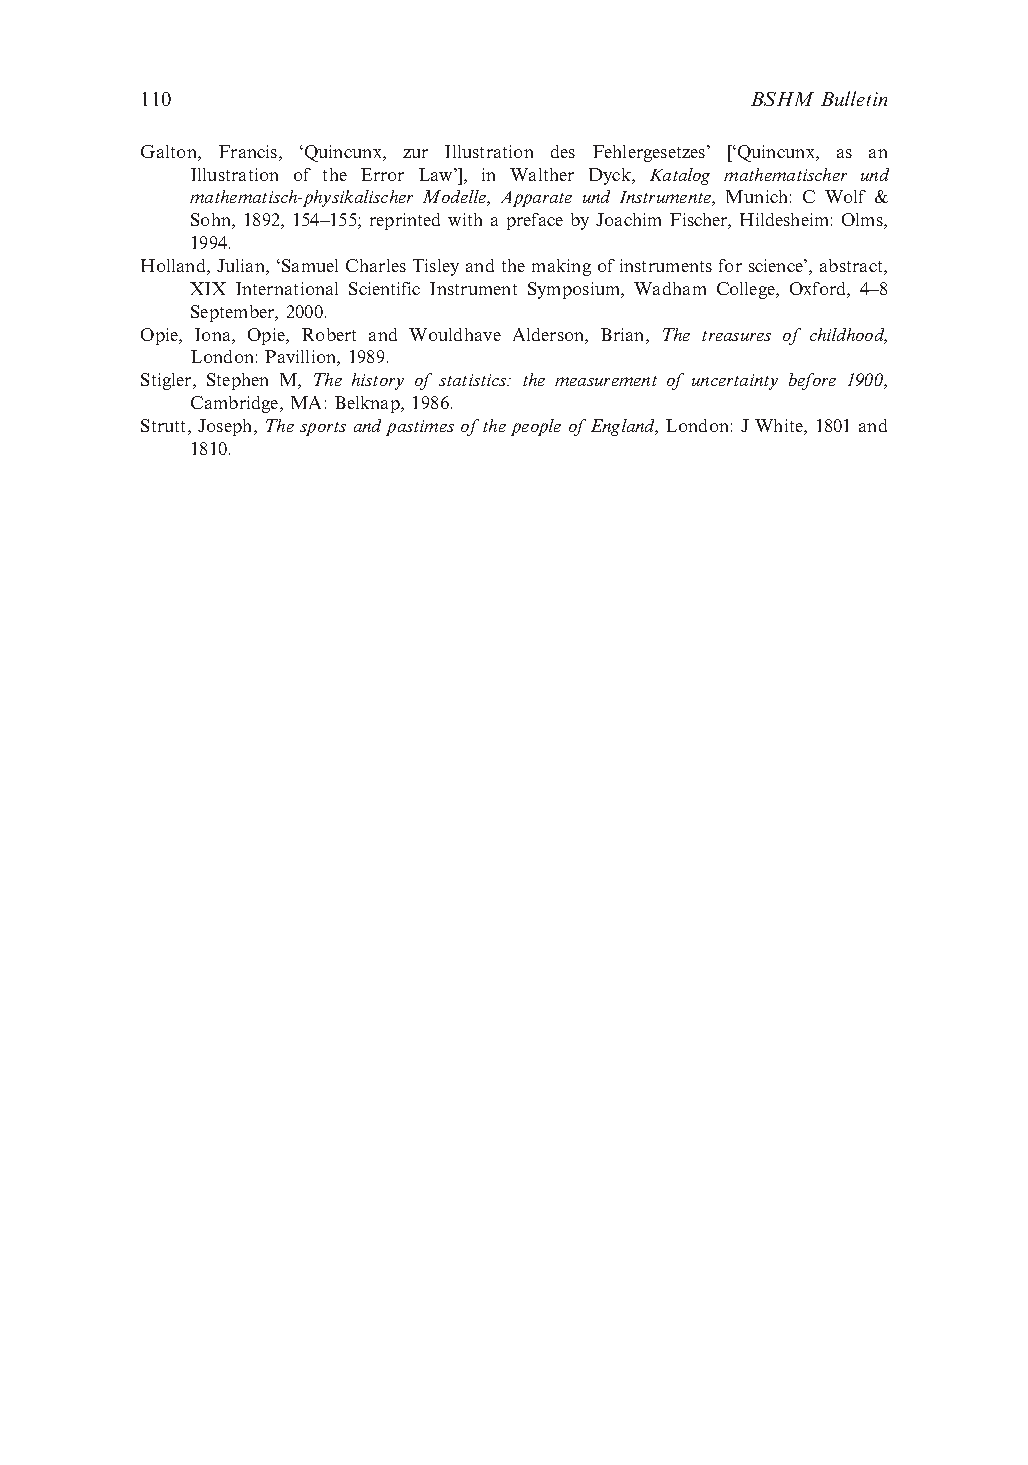
110                                      BSHM Bulletin
 Galton, Francis, ‘Quincunx, zur Illustration des Fehlergesetzes’ [‘Quincunx, as an
 Illustration of the Error Law’], in Walther Dyck, Katalog mathematischer und
 mathematisch-physikalischer Modelle, Apparate und Instrumente, Munich: C Wolf &
 Sohn, 1892, 154–155; reprinted with a preface by Joachim Fischer, Hildesheim: Olms,
 1994.
 Holland,Julian,‘SamuelCharlesTisleyandthemakingofinstrumentsforscience’,abstract,
 XIX International Scientific Instrument Symposium, Wadham College, Oxford, 4–8
 September, 2000.
 Opie, Iona, Opie, Robert and Wouldhave Alderson, Brian, The treasures of childhood,
 London:Pavillion, 1989.
 Stigler, Stephen M, The history of statistics: the measurement of uncertainty before 1900,
 Cambridge, MA: Belknap, 1986.
 Strutt,Joseph, Thesports andpastimesofthe peopleofEngland, London:JWhite, 1801and
 1810.